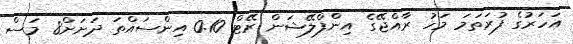
އަހަރުގެ ފުރަތަމަ މަހު ރާއްޖޭގެ އިންފްލޭޝަން ރޭޓް 0.10 އިންސައްތަ ދަށަށް8 މަސް